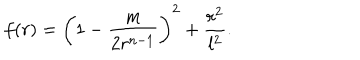
f ( r ) = \left( 1 - \frac { m } { 2 r ^ { n - 1 } } \right) ^ { 2 } + \frac { r ^ { 2 } } { l ^ { 2 } } .